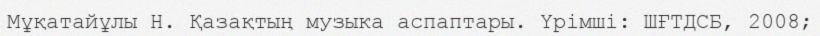
Мұқатайұлы Н. Қазақтың музыка аспаптары. Үрімші: ШҒТДСБ, 2008;